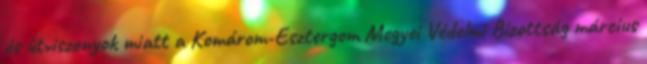
és útviszonyok miatt a Komárom-Esztergom Megyei Védelmi Bizottság március